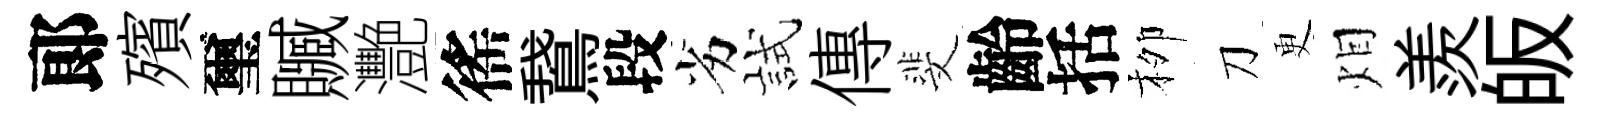
郞殯璽贓灧徭鵞段劣試傳斐齡括栁刀更𤇆羨皈